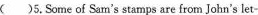
( )5.Some of Sam's stamps are from John's let